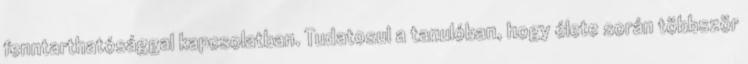
fenntarthatósággal kapcsolatban. Tudatosul a tanulóban, hogy élete során többször